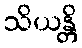
သိယန္တိ